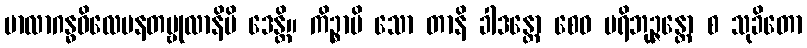
မာလာဂန္ဓဝိလေပနတမ္ဗုလာနိပိ ဒေန္တိ။ ကိဉ္စာပိ သော တာနိ ခါဒန္တော စေဝ ပရိဘုဉ္ဇန္တော စ သုခိတော